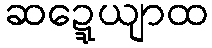
ဆဍ္ဍေယျာထ